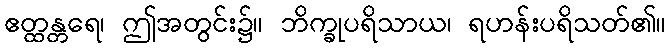
ဧတ္ထန္တရေ၊ ဤအတွင်း၌။ ဘိက္ခုပရိသာယ၊ ရဟန်းပရိသတ်၏။